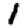
Digit: 1